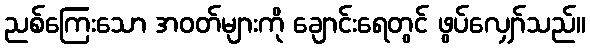
ညစ်ကြေးသော အဝတ်များကို ချောင်းရေတွင် ဖွပ်လျှော်သည်။